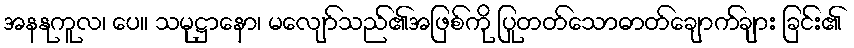
အနနုကူလ၊ ပေ။ သမုဋ္ဌာနော၊ မလျော်သည်၏အဖြစ်ကို ပြုတတ်သောဓာတ်ချောက်ချား ခြင်း၏